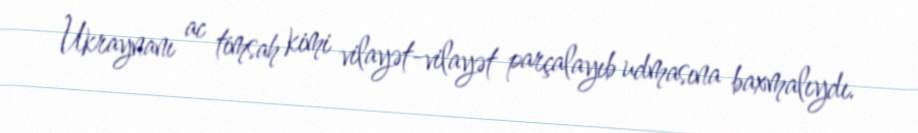
Ukraynanı ac timsah kimi vilayət-vilayət parçalayıb udmasına baxmalıydı.